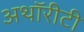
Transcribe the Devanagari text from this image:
अथॉरीटी